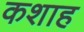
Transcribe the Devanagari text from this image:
कशाह